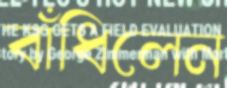
বাঁধিলেন